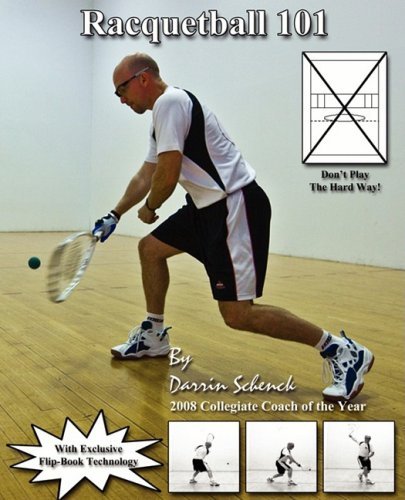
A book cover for Racquetball 101 [Paperback] [2008] (Author) Darrin Schenck; Sports & Outdoors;